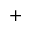
+